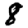
Digit: 8